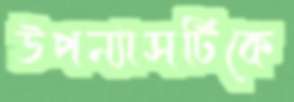
উপন্যাসটিকে